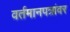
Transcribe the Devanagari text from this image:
वर्तमानपत्रांवर